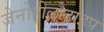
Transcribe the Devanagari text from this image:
जेनोहोलोटाइप